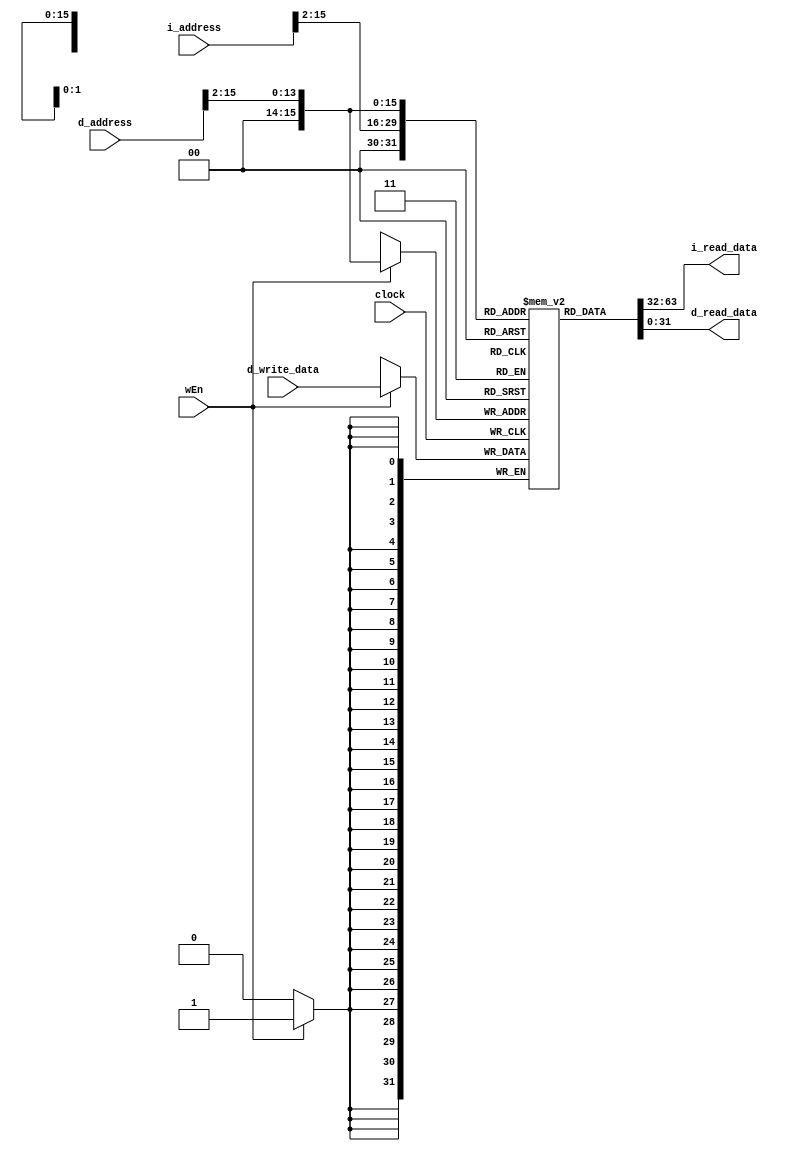
module ram #(
	parameter DATA_WIDTH = 32,
	parameter ADDR_WIDTH = 16
) (
	input  clock,

	// Instruction Port
	input  [ADDR_WIDTH-1:0] i_address,
	output [DATA_WIDTH-1:0] i_read_data,

	// Data Port
	input  wEn,
	input  [ADDR_WIDTH-1:0] d_address,
	input  [DATA_WIDTH-1:0] d_write_data,
	output [DATA_WIDTH-1:0] d_read_data
);

localparam RAM_DEPTH = 1 << ADDR_WIDTH;
reg [DATA_WIDTH-1:0] ram [0:RAM_DEPTH-1];

// combinational read for instruction fetch
wire [ADDR_WIDTH-1:0] word_aligned_i_addr = i_address >> 2;
assign i_read_data = ram[word_aligned_i_addr];

// combinational read for data
wire [ADDR_WIDTH-1:0] word_aligned_d_addr = d_address >> 2;
assign d_read_data = ram[word_aligned_d_addr];

// write on the pos-edge for the data
always @(posedge clock) begin
	if (wEn) ram[word_aligned_d_addr] <= d_write_data;
end

endmodule